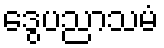
ဒွေပညာသမံ